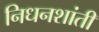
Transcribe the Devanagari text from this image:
निधनशांती